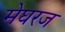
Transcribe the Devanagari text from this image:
मेघरज